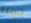
حربنا